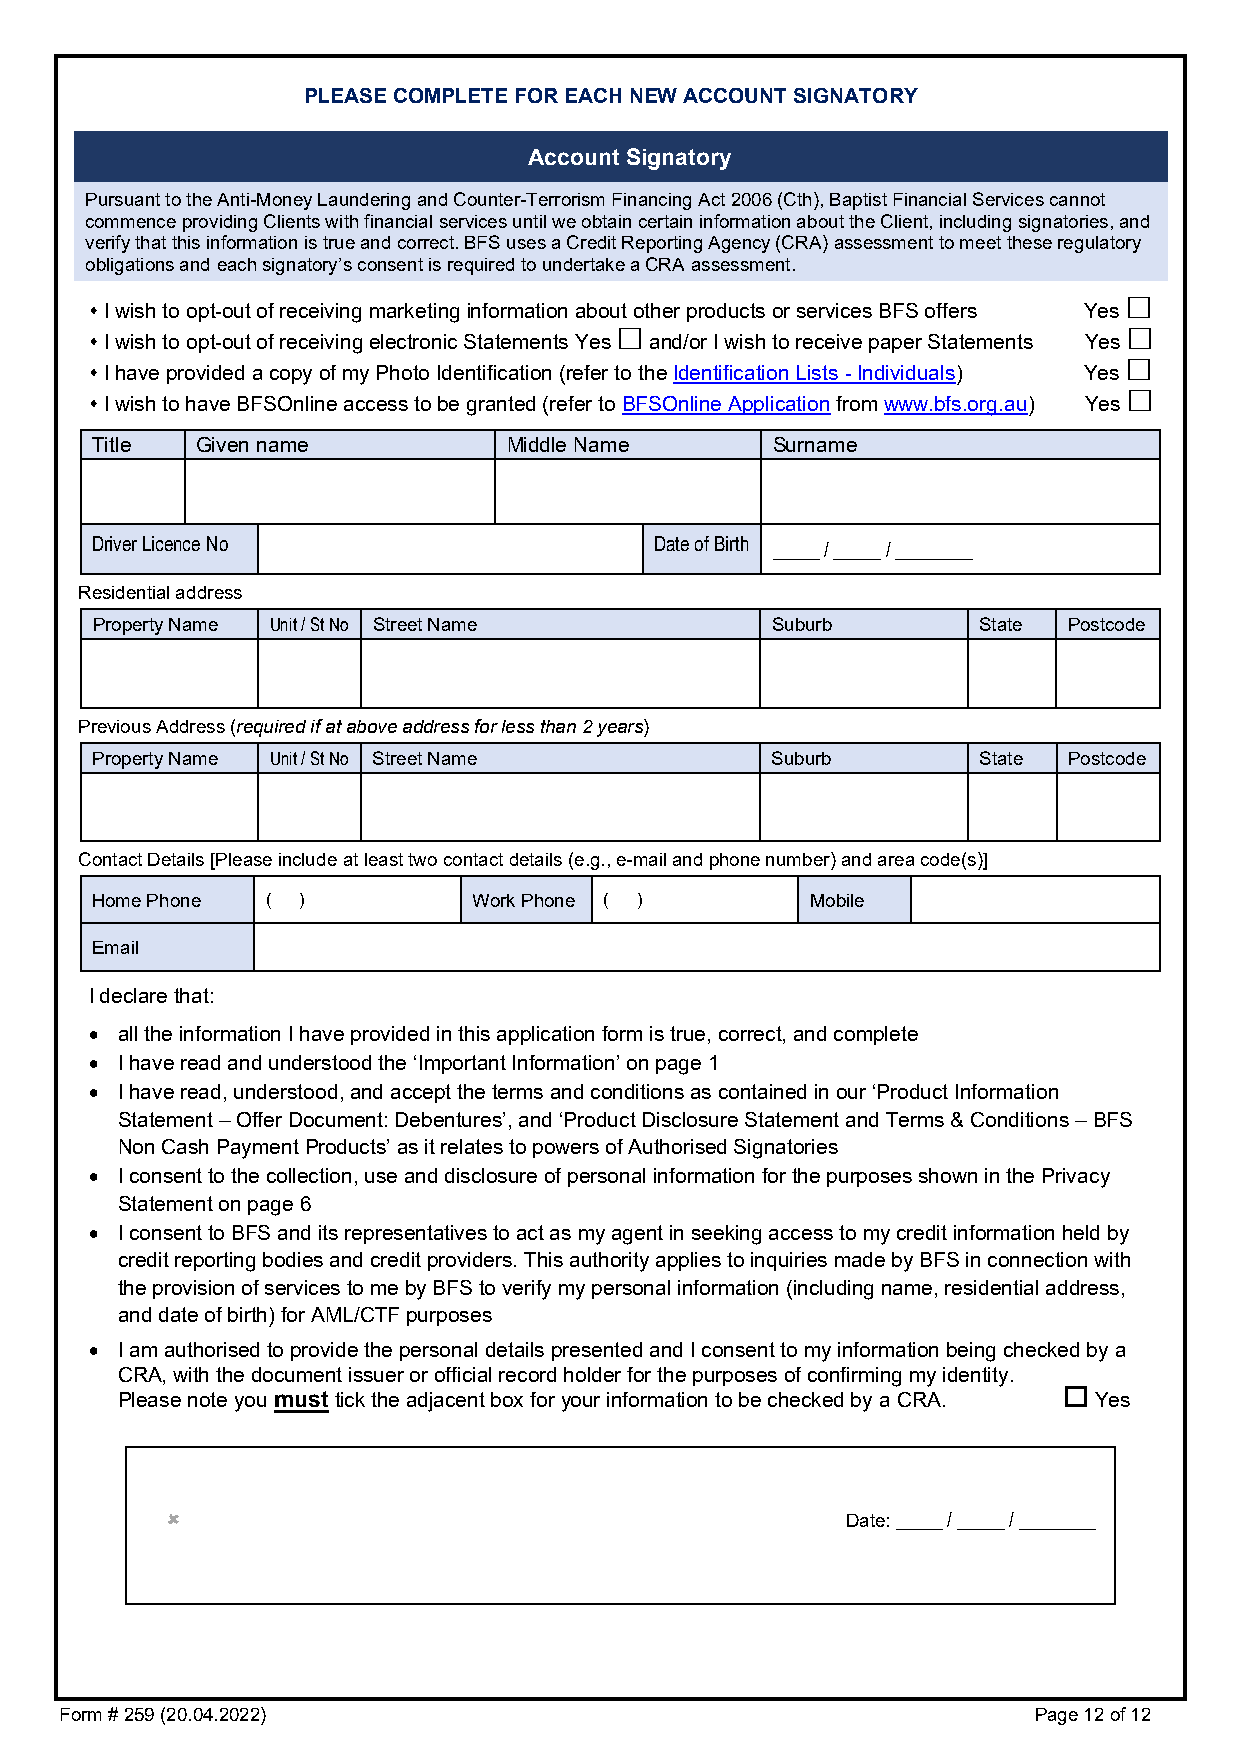
PLEASE COMPLETE FOR EACH NEW ACCOUNT SIGNATORY
 Account Signatory
 Pursuant to the Anti-Money Laundering and Counter-Terrorism Financing Act 2006 (Cth), Baptist Financial Services cannot
 commence providing Clients with financial services until we obtain certain information about the Client, including signatories, and
 verify that this information is true and correct. BFS uses a Credit Reporting Agency (CRA) assessment to meet these regulatory
 obligations and each signatory’s consent is required to undertake a CRA assessment.
 
 I wish to opt-out of receiving marketing information about other products or services BFS offers Yes
                                  
 I wish to opt-out of receiving electronic Statements Yes and/or I wish to receive paper Statements Yes
 I have provided a copy of my Photo Identification (refer to the Identification Lists - Individuals) Yes
 
 
 I wish to have BFSOnline access to be granted (refer to BFSOnline Application from www.bfs.org.au) Yes
 Title  Given name           Middle Name      Surname
 Driver Licence No                    Date of Birth _____ / _____ / ________
 Residential address
 Property Name Unit / St No Street Name       Suburb        State Postcode
 Previous Address (required if at above address for less than 2 years)
 Property Name Unit / St No Street Name       Suburb        State Postcode
 Contact Details [Please include at least two contact details (e.g., e-mail and phone number) and area code(s)]
 Home Phone  ( )          Work Phone ( )         Mobile
 Email
 I declare that:
 • all the information I have provided in this application form is true, correct, and complete
 • I have read and understood the ‘Important Information’ on page 1
 • I have read, understood, and accept the terms and conditions as contained in our ‘Product Information
 Statement – Offer Document: Debentures’, and ‘Product Disclosure Statement and Terms & Conditions – BFS
 Non Cash Payment Products’ as it relates to powers of Authorised Signatories
 • I consent to the collection, use and disclosure of personal information for the purposes shown in the Privacy
 Statement on page 6
 • I consent to BFS and its representatives to act as my agent in seeking access to my credit information held by
 credit reporting bodies and credit providers. This authority applies to inquiries made by BFS in connection with
 the provision of services to me by BFS to verify my personal information (including name, residential address,
 and date of birth) for AML/CTF purposes
 • I am authorised to provide the personal details presented and I consent to my information being checked by a
 CRA, with the document issuer or official record holder for the purposes of confirming my identity.
 
 Please note you must tick the adjacent box for your information to be checked by a CRA. Yes
                                             Date: _____ / _____ / ________
 Form # 259 (20.04.2022)                                         Page 12 of 12